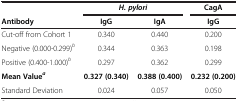
|  | <COLSPAN=2> H. pylori | CagA |
 | Antibody | IgG | IgA | IgG |
 | --- | --- | --- | --- |
 | Cut-off from Cohort 1 | 0.340 | 0.440 | 0.200 |
 | Negative (0.000-0.299)b | 0.344 | 0.363 | 0.198 |
 | Positive (0.400-1.000)b | 0.297 | 0.362 | 0.299 |
 | Mean Valuea | 0.327 (0.340) | 0.388 (0.400) | 0.232 (0.200) |
 | Standard Deviation | 0.024 | 0.057 | 0.050 |